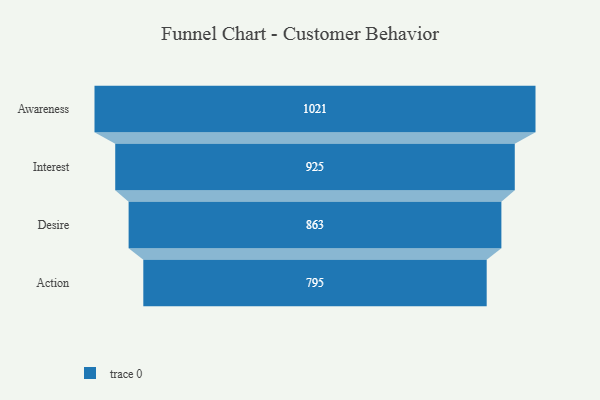
{"axis": {"x": "Stage", "y": "Value"}, "legend": [""], "data": [{"x": "Awareness", "y": 1021.0, "type": ""}, {"x": "Interest", "y": 925.0, "type": ""}, {"x": "Desire", "y": 863.0, "type": ""}, {"x": "Action", "y": 795.0, "type": ""}]}